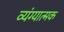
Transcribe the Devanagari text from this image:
व्‍यंग्‍यात्‍मक